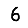
Digit: 6